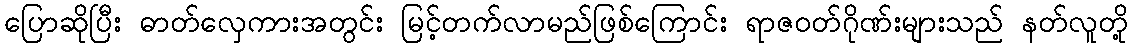
ပြောဆိုပြီး ဓာတ်လှေကားအတွင်း မြင့်တက်လာမည်ဖြစ်ကြောင်း ရာဇဝတ်ဂိုဏ်းများသည် နတ်လူတို့